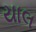
યાલ